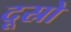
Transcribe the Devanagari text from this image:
दूस्रो